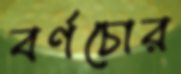
বর্ণচোর